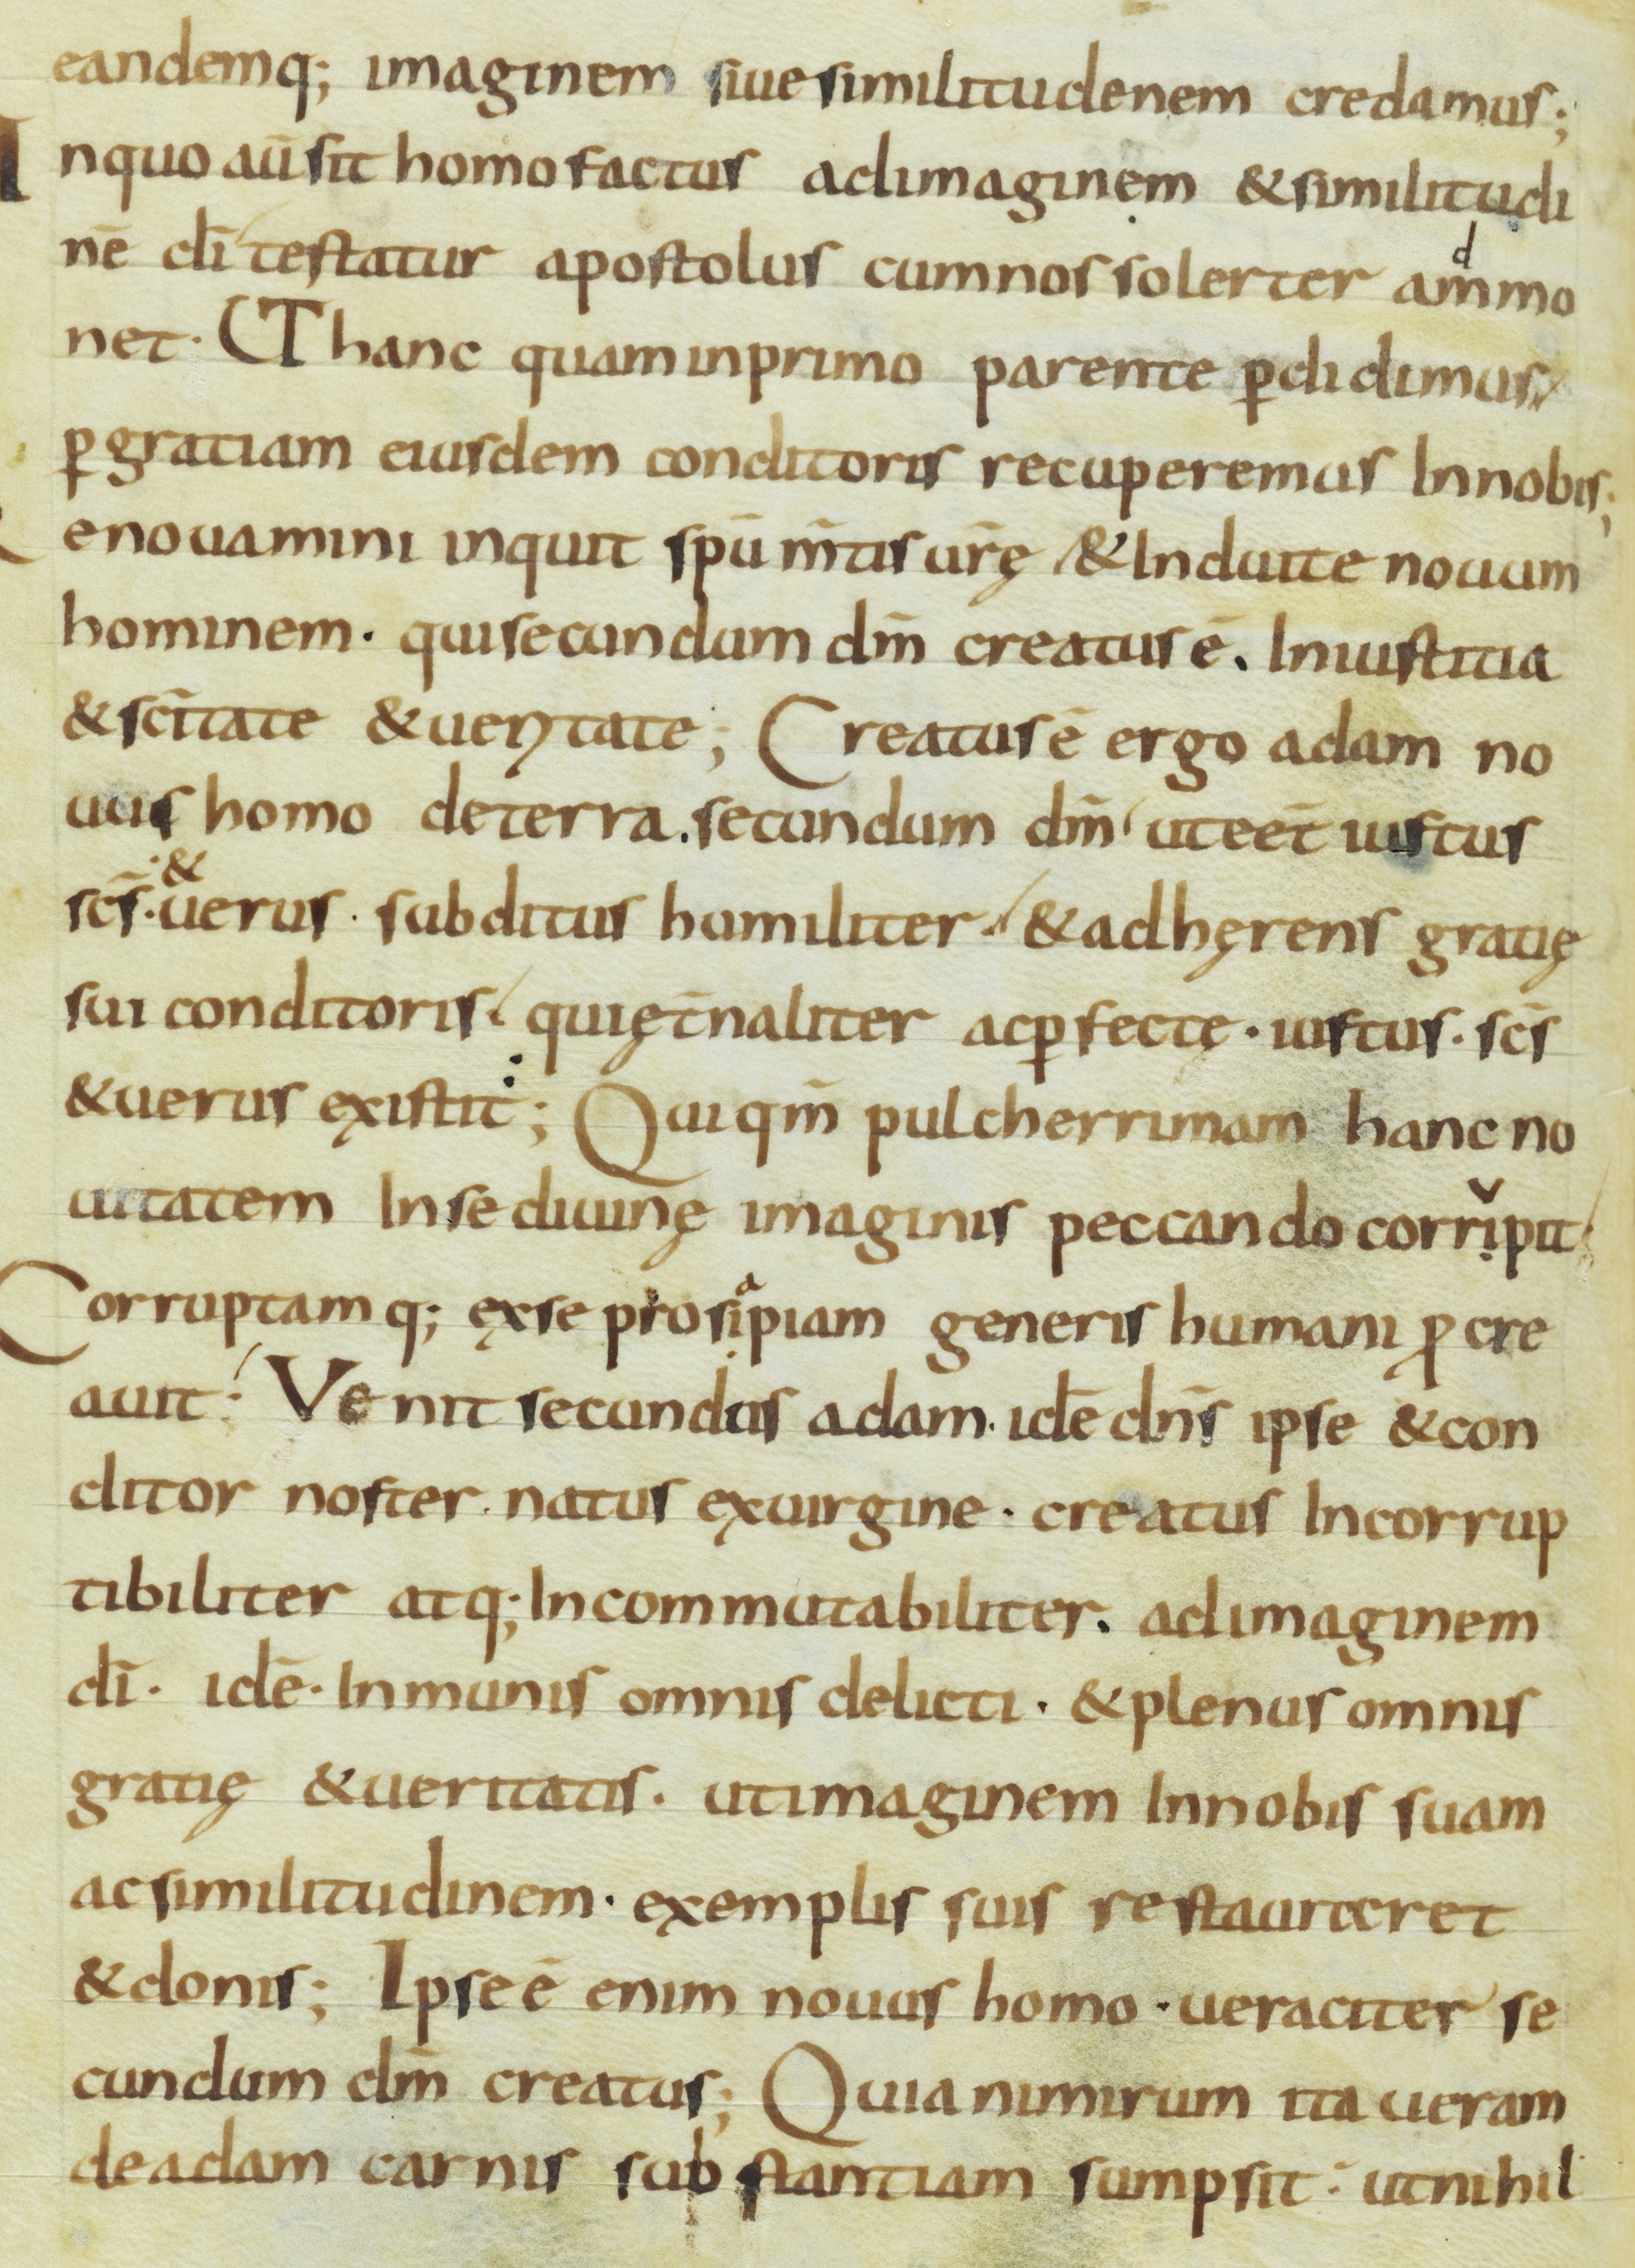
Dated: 800–899